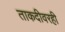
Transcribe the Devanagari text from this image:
ताकदीवरही